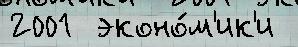
2001  эконо́м'ик'и